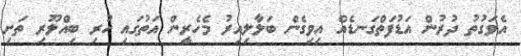
އެވަގުތު ދުރުން އަޑުފަތްގަނޑެއް އިވިގެން ބަލާލިއިރު މެހެރީން އަތުގައި ހުރި ބިއްލޫރި ތަށި